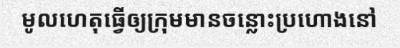
មូលហេតុធ្វើឲ្យក្រុមមានចន្លោះប្រហោងនៅ